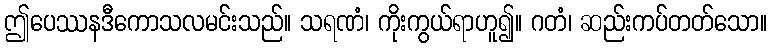
ဤပေဿနဒီကောသလမင်းသည်။ သရဏံ၊ ကိုးကွယ်ရာဟူ၍။ ဂတံ၊ ဆည်းကပ်တတ်သော။